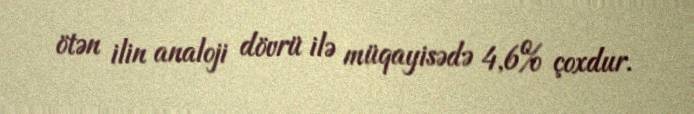
ötən ilin analoji dövrü ilə müqayisədə 4,6% çoxdur.